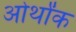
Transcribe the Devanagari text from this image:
ओर्थांक